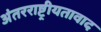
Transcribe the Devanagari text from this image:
अंतरराष्ट्रीयतावाद